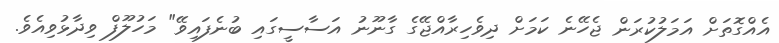
އެއްގޮތަށް އަމަލުކުރަން ޖެހޭނެ ކަމަށް ދިވެހިރާއްޖޭގެ ގާނޫނު އަސާސީގައި ބުނެފައިވޭ" މަހުލޫފް ވިދާޅުވިއެވެ.